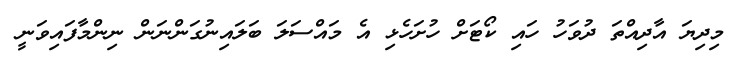
މިދިޔަ އާދިއްތަ ދުވަހު ހައި ކޯޓަށް ހުށަހެޅި އެ މައްސަލަ ބަލައިނުގަންނަން ނިންމާފައިވަނީ